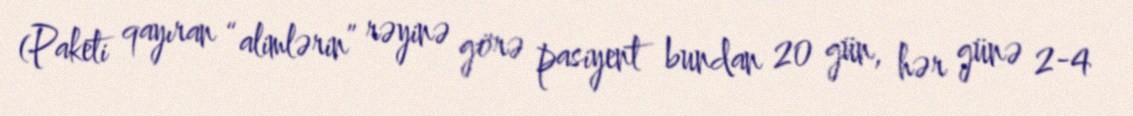
(Paketi qayıran “alimlərin” rəyinə görə pasiyent bundan 20 gün, hər günə 2-4